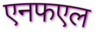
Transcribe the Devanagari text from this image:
एनफएल